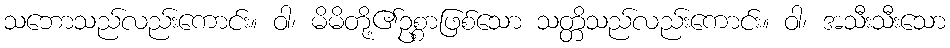
သဘောသည်လည်းကောင်း။ ဝါ၊ မိမိတို့၏ဥစ္စာဖြစ်သော သတ္တိသည်လည်းကောင်း။ ဝါ၊ အသီးသီးသော